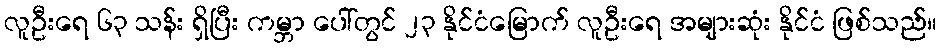
လူဦးရေ ၆၃ သန်း ရှိပြီး ကမ္ဘာ ပေါ်တွင် ၂၃ နိုင်ငံမြောက် လူဦးရေ အများဆုံး နိုင်ငံ ဖြစ်သည်။